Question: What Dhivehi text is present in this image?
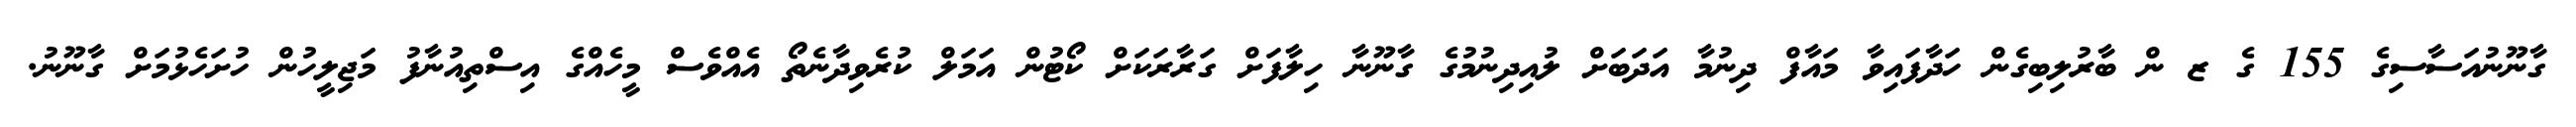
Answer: ގާނޫނުއަސާސިގެ 155 ގެ ޒ ން ބާރުލިބިގެން ހަދާފައިވާ މައާފް ދިނުމާ އަދަބަށް ލުއިދިނުމުގެ ގާނޫނާ ހިލާފަށް ގަރާރަކަށް ކޯޓުން އަމަލް ކުރެވިދާނެތޯ އެއްވެސް މީހެއްގެ އިސްތިއުނާފު މަޖިލީހުން ހުށަހެޅުމަށް ގާނޫނު.